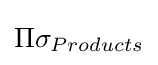
\Pi \sigma _{Products}